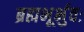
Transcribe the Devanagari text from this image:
ब्रह्मभूर्भुवः